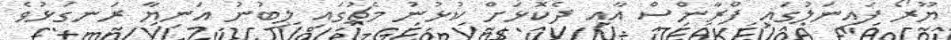
ޔޫރޯ ފައިނަލުގައި ފްރާންސް އާއި ދެކޮޅަށް ކުޅުނު މެޗުގައި ލިބުނު އަނިޔާ ރަނގަޅުވެ